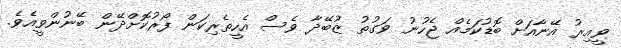
ވީއިރު އޭނާއަށް ބޮޑުކަމެއް ޖެހުނު ވަގުތު ޒުބޭދާ ވެސް އެހީތެރިކަން ފޯރުކޮށްދޭން ބޭނުންވީއެވެ.